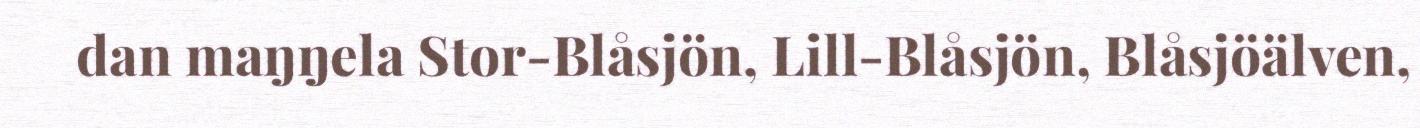
dan maŋŋela Stor-Blåsjön, Lill-Blåsjön, Blåsjöälven,